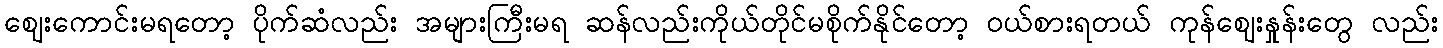
ဈေးကောင်းမရတော့ ပိုက်ဆံလည်း အများကြီးမရ ဆန်လည်းကိုယ်တိုင်မစိုက်နိုင်တော့ ဝယ်စားရတယ် ကုန်ဈေးနှုန်းတွေ လည်း